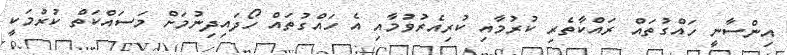
އިންސާނީ ހައްގުތައް ރައްކާތެރި ކުރުމާއި ކުރިއެރުވުމާއި އެ ހައްގުތައް ހޯދައިދިނުމަށް މަސައްކަތް ކުރުމަކީ